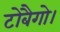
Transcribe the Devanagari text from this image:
टोबैगो।